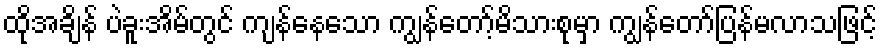
ထိုအချိန် ပဲခူးအိမ်တွင် ကျန်နေသော ကျွန်တော့်မိသားစုမှာ ကျွန်တော်ပြန်မလာသဖြင့်